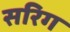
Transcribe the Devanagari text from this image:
सरिग